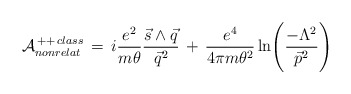
\begin{align*}{\cal{A}}^{\,++\,class}_{nonrelat}\,=\,i\frac{e^2}{m \theta}\frac{\vec{s}\wedge\vec{q}}{\vec{q}^2}\,+\,\frac{e^4}{4 \pi m \theta^2}\ln\Biggl(\frac{-\Lambda^2}{\vec{p}^2}\Biggr)\end{align*}